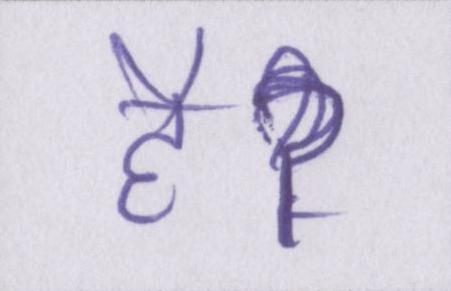
हैॽ